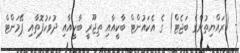
- (ރައްޔިތުންގެ ބަޖެޓް) ގެ އެކައުންޓް ބާކީއާއި ތިޖޫރީ ބާކީއާއި ދުވަހުފޮތާއި ޕޭމަންޓް